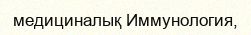
медициналық Иммунология,